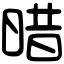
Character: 𣈏